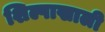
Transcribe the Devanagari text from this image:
शिल्पाखाली